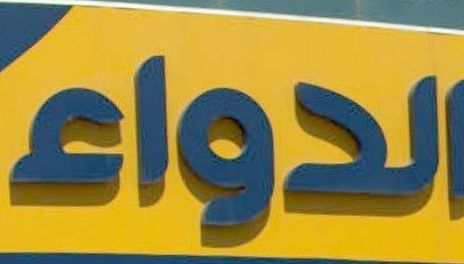
الدواء